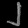
Digit: ၂